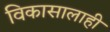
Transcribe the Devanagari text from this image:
विकासालाही